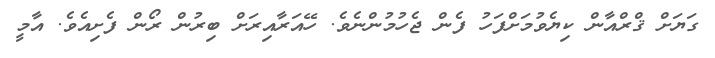
ގަޔަށް ޤްރްއާން ކިޔެވުމަށްފަހު ފެން ޖެހުމުންނެވެ. ހޭއަރާއިރަށް ބިރުން ރޯން ފެށިއެވެ. އާމީ